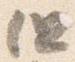
但